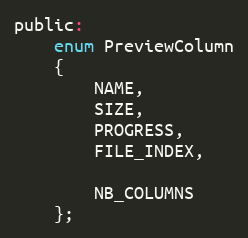
Language: C
public:
    enum PreviewColumn
    {
        NAME,
        SIZE,
        PROGRESS,
        FILE_INDEX,

        NB_COLUMNS
    };